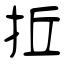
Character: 拞